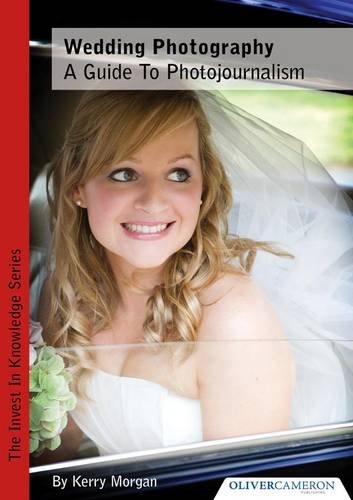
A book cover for Wedding Photography - a Guide to Photojournalism (Invest in Knowledge); Kerry Morgan; Crafts, Hobbies & Home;